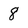
Character: 8